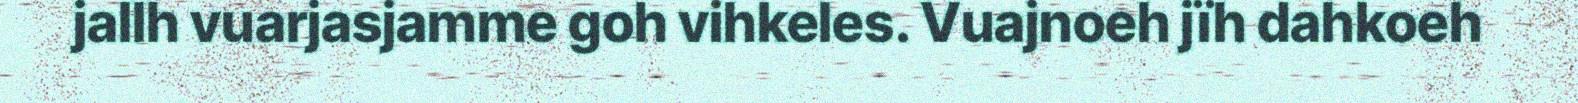
jallh vuarjasjamme goh vihkeles. Vuajnoeh jïh dahkoeh